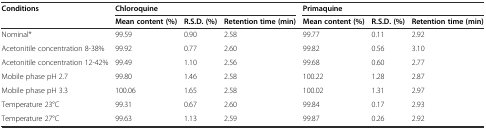
| <ROWSPAN=2> Conditions | <COLSPAN=3> Chloroquine | <COLSPAN=3> Primaquine |
 | Mean content (%) | R.S.D. (%) | Retention time (min) | Mean content (%) | R.S.D. (%) | Retention time (min) |
 | --- | --- | --- | --- | --- | --- | --- |
 | Nominal* | 99.59 | 0.90 | 2.58 | 99.77 | 0.11 | 2.92 |
 | Acetonitile concentration 8-38% | 99.92 | 0.77 | 2.60 | 99.82 | 0.56 | 3.10 |
 | Acetonitile concentration 12-42% | 99.49 | 1.10 | 2.56 | 99.68 | 0.60 | 2.77 |
 | Mobile phase pH 2.7 | 99.80 | 1.46 | 2.58 | 100.22 | 1.28 | 2.87 |
 | Mobile phase pH 3.3 | 100.06 | 1.65 | 2.58 | 100.02 | 1.31 | 2.97 |
 | Temperature 23°C | 99.31 | 0.67 | 2.60 | 99.84 | 0.17 | 2.93 |
 | Temperature 27°C | 99.63 | 1.13 | 2.59 | 99.87 | 0.26 | 2.92 |